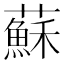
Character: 蘇